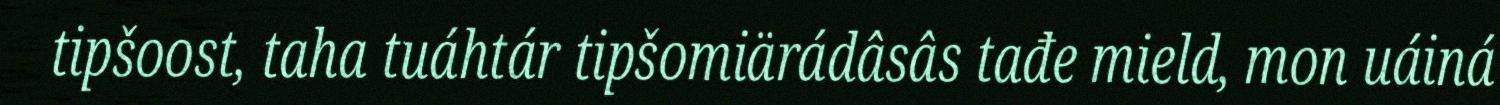
tipšoost, taha tuáhtár tipšomiärádâsâs tađe mield, mon uáiná